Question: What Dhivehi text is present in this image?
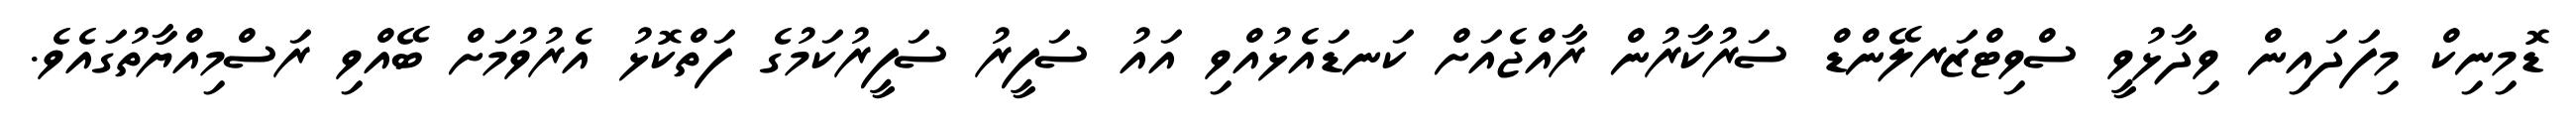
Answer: ޑޮމިނިކް މިފަދައިން ވިދާޅުވީ ސްވިޓްޒަރލޭންޑް ސަރުކާރުން ރާއްޖެއަށް ކަނޑައެޅުއްވި އައު ސަފީރު ސަފީރުކަމުގެ ފަތްކޮޅު އެރުވުމަށް ބޭއްވި ރަސްމިއްޔާތުގައެވެ.